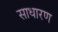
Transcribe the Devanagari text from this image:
साधारण्‍ा